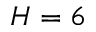
H = 6